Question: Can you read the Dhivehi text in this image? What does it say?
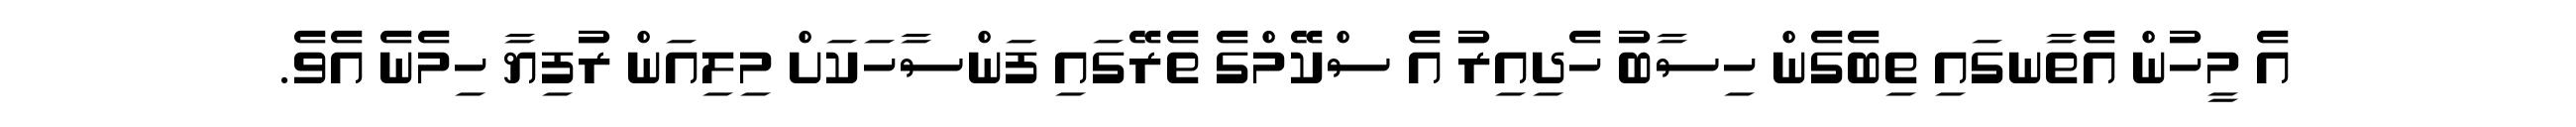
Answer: އެ މީހުން އެތާނގައި ތިބެގެން ހިސާބު ހެދިއިރު އެ ސްކޭމްގެ ތެރޭގައި ފަންސާހަކަށް މިލިއަން ރުފިޔާ ހިމެނެ އެވެ.